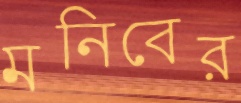
মনিবের